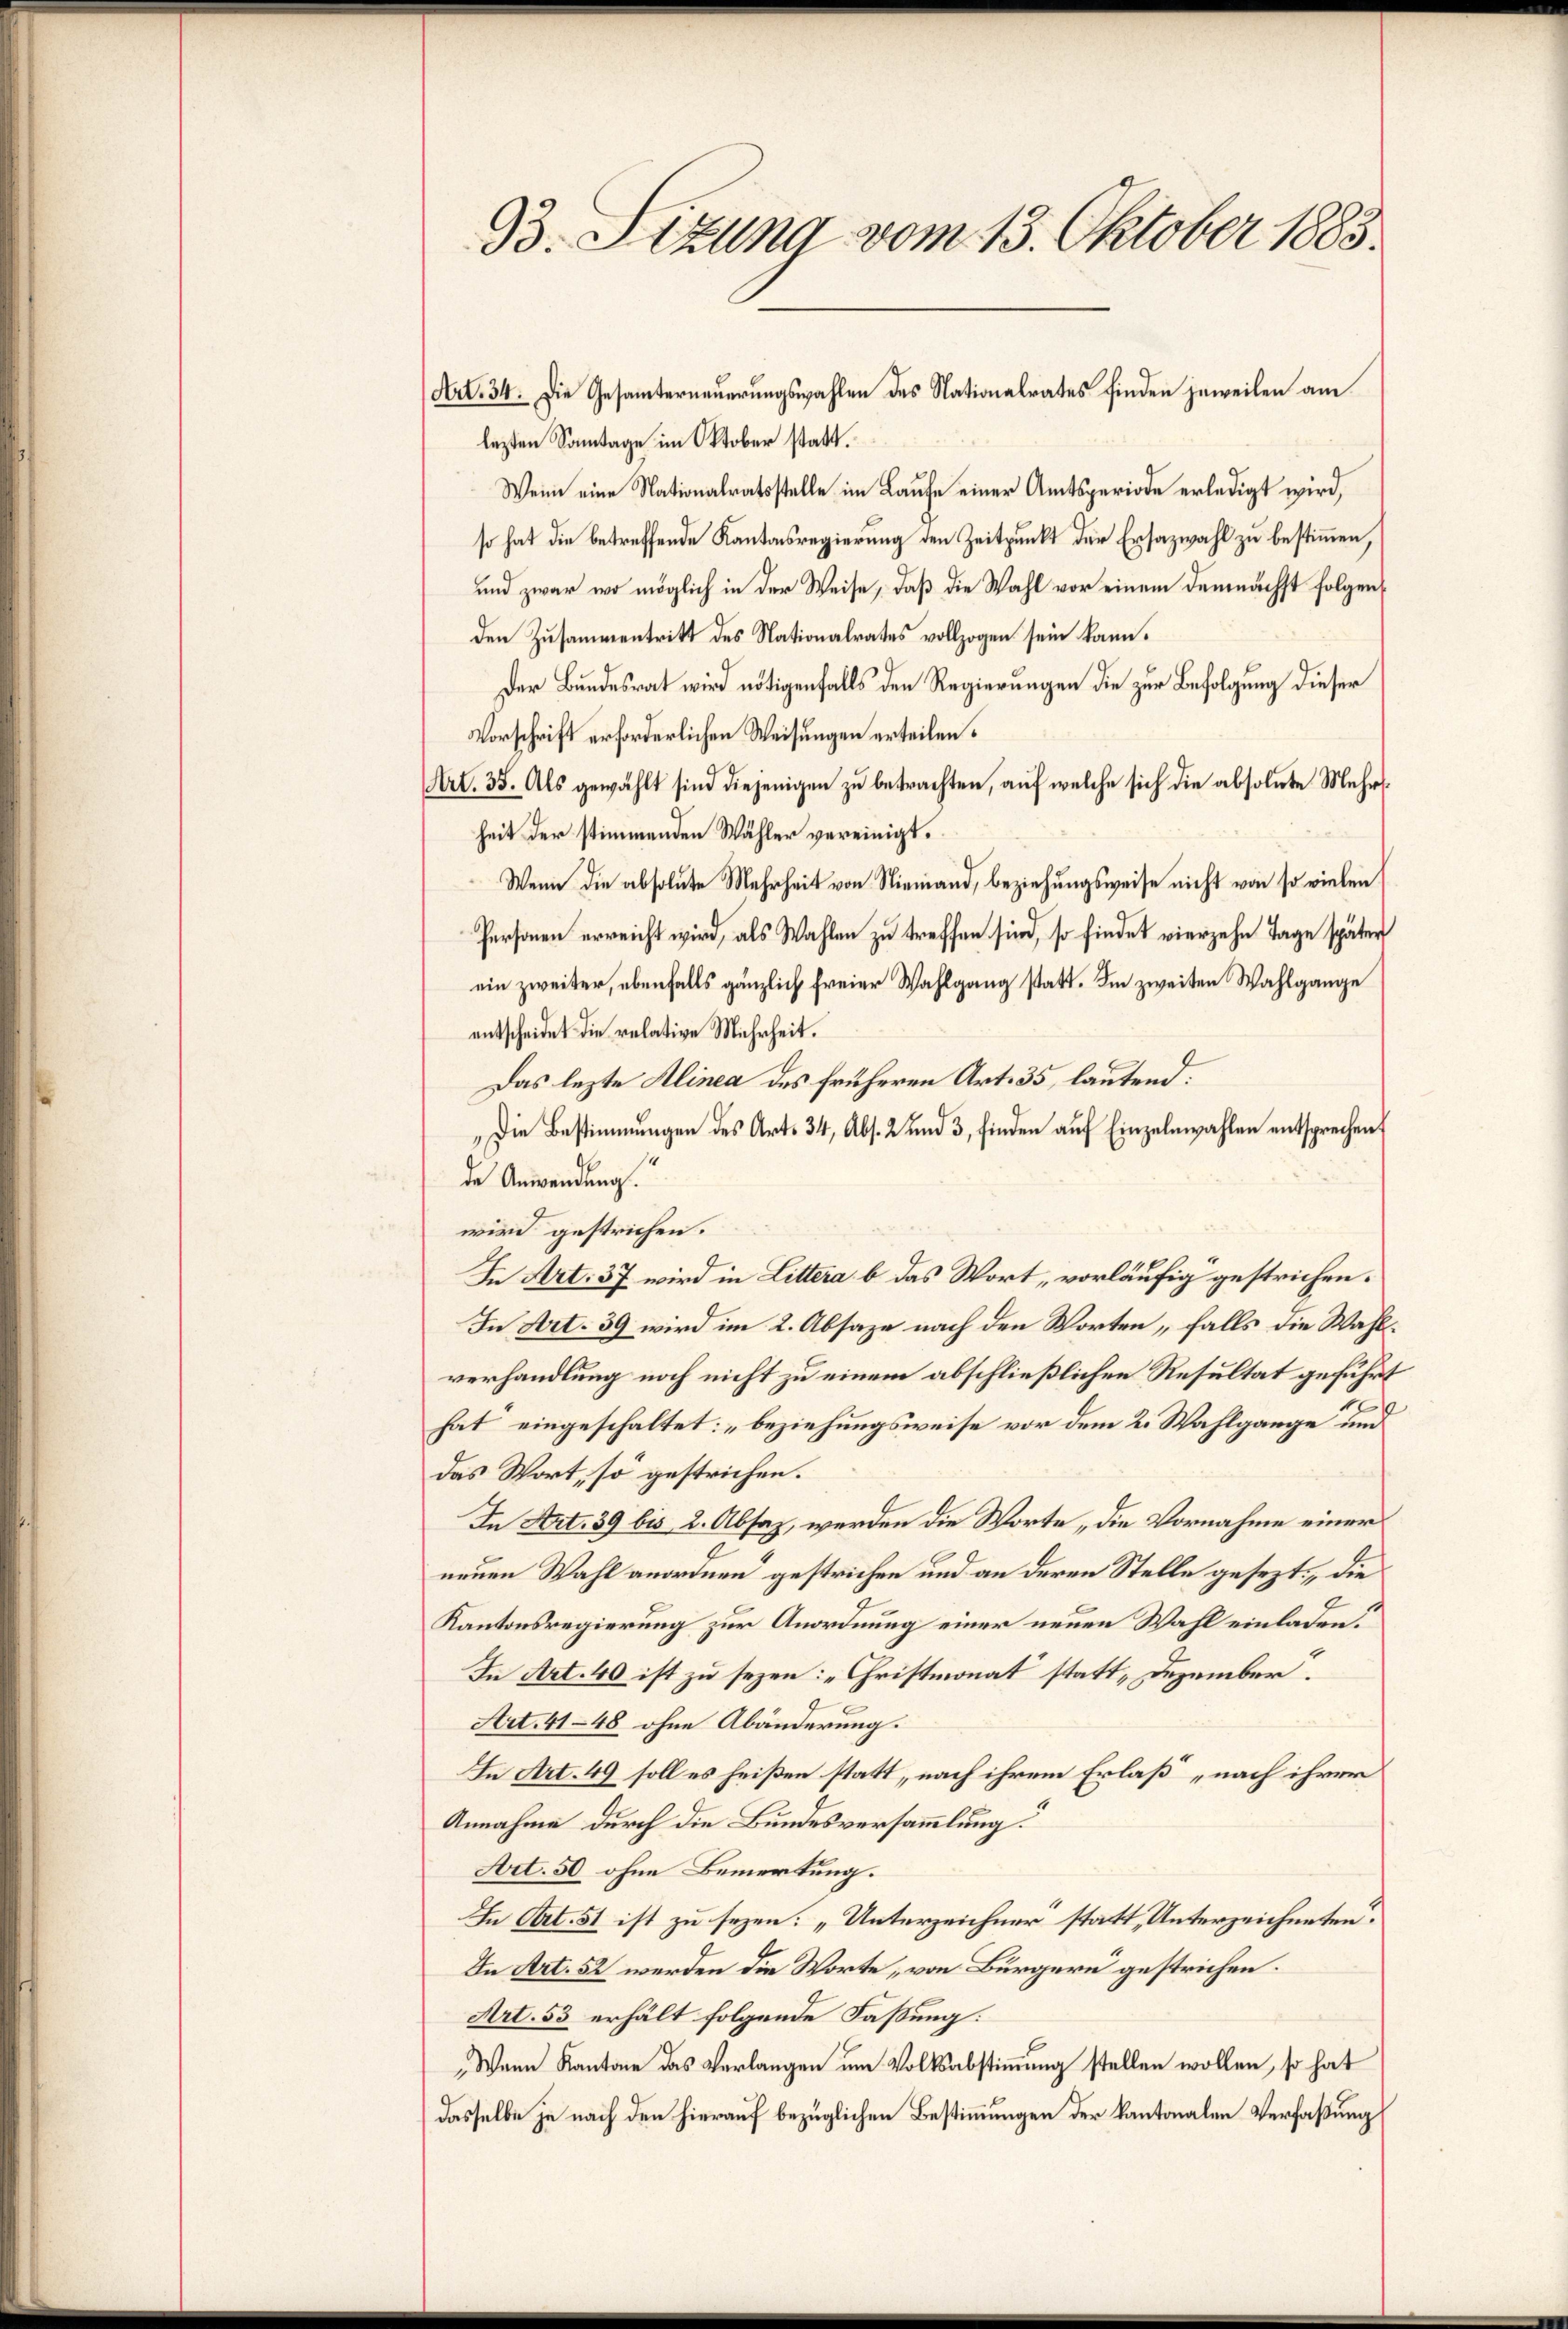
33. Sitzung vom 13. Oktober 1883.

lezten Sonntage im Oktober statt.
Wenn eine Nationalratsstelle im Laufe einer Amtsperiode erledigt wird,
so hat die betreffende Kantonsregierung den Zeitpunkt der Ersazwahl zu bestimmen,
und zwar wo möglich in der Weise, daß die Wahl vor einem demnächst folgenden Zusammentritt des Nationalrates vollzogen sein kann.
Der Bundesrat wird nötigenfalls den Regierungen die zur Befolgung dieser
Vorschrift erforderlichen Weisungen erteilen.
Art. 35. Als gewählt sind diejenigen zu betrachten, auf welche sich die absolute Mehrheit der stimmenden Wähler vereinigt.
Wenn die absolute Mehrheit von Niemand, beziehungsweise nicht von so vielen
Personen erreicht wird, als Wahlen zu treffen sind, so findet vierzehn Tage später
ein zweiter, ebenfalls gänzlich freier Wahlgang statt. Im zweiten Wahlgange
entscheidet die relative Mehrheit.
Das lezte Alinea des früheren Art. 35, lautend.
"Die Bestimmungen des Art. 34, Abs. 2 und 3, finden auf Einzelnwahlen entsprechen
de Anwendung.
wird gestrichen.
In Art. 37. wird in Littera b das Wort, vorläufig gestrichen.
In Art. 39 wird im 2. Absage nach den Worten falls die Wahlverhandlung noch nicht zu einem abschließlichen Resultat geführt
hat eingeschaltet: „beziehungsweise vor dem 2. Wahlgange und
das Wort, so gestrichen.
In Art. 39 bis 2. Absaz, werden die Worte „die Vornahme einer
neuen Wahl anordnen gestrichen und an deren Stelle gesezt, die
Kantonsregierung zur Anordnung einer neuen Wahl einladen.
In Art. 40 ist zu sezen: „Christmonat statt „Dezember.
Art. 41-48 ohne Abänderung.
In Art. 49 soll es heißen statt, nach ihrem Erlaß „nach ihrer
Annahme durch die Bundesversammlung“
Art. 50 ohne Bemerkung.
In Art. 51 ist zu sezen: „Unterzeichner statt, Unterzeichneten.
In Art. 52 werden die Worte, von Bürgern gestrichen.
Art. 53 erhält folgende Faßung:
Wann Kantone das Verlangen um Volksabstimmung stellen wollen, so hat
dasselbe je nach den hierauf bezüglichen Bestimmungen der Kantonalen Verfaßung

(Art. 34. Die Gesamterneuerungswahlen des Nationalrates finden jeweilen am